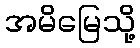
အမိမြေသို့